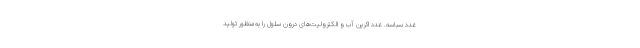
غدد سباسه. غدد اکرین آب و الکترولیت‌های درون سلول را به‌منظور تولید